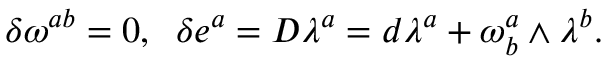
\delta \omega ^ { a b } = 0 , \; \; \delta e ^ { a } = D \lambda ^ { a } = d \lambda ^ { a } + \omega _ { b } ^ { a } \wedge \lambda ^ { b } .